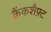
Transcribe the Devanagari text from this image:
क्रैंकशैफ़्ट